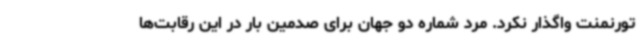
تورنمنت واگذار نکرد. مرد شماره دو جهان برای صدمین بار در این رقابت‌ها